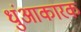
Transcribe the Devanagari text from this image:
धुंआकारक